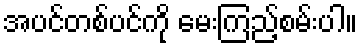
အပင်တစ်ပင်ကို မေးကြည့်စမ်းပါ။